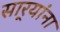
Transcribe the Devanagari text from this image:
सार्‍यांना